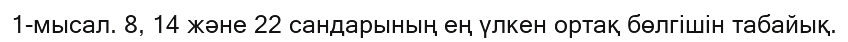
1-мысал. 8, 14 және 22 сандарының ең үлкен ортақ бөлгішін табайық.